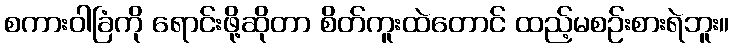
စကားဝါခြံကို ရောင်းဖို့ဆိုတာ စိတ်ကူးထဲတောင် ထည့်မစဉ်းစားရဲဘူး။